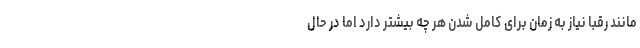
مانند رقبا نیاز به زمان برای کامل شدن هر چه بیشتر دارد اما در حال